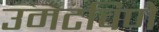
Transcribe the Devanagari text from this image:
उमटविणे